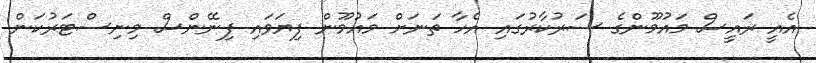
އެއީ ރައީސް މައުމޫންގެ ސަރުކާރުގައި އެހާ ތަނަށް މައުމޫން ފިޔަވައި ފިނޭންސް މިނިސްޓަރުކަން